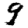
Digit: 9